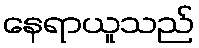
နေရာယူသည်